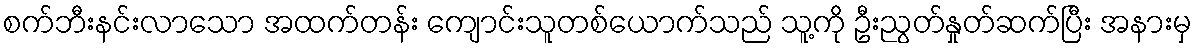
စက်ဘီးနင်းလာသော အထက်တန်း ကျောင်းသူတစ်ယောက်သည် သူ့ကို ဦးညွတ်နှုတ်ဆက်ပြီး အနားမှ